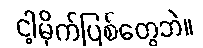
ငါ့မိုက်ပြစ်တွေဘဲ။